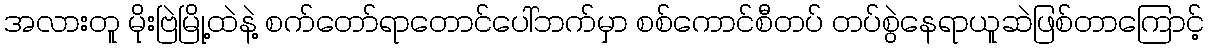
အလားတူူ မိုးဗြဲမြို့ထဲနဲ့ စက်တော်ရာတောင်ပေါ်ဘက်မှာ စစ်ကောင်စီတပ် တပ်စွဲနေရာယူဆဲဖြစ်တာကြောင့်